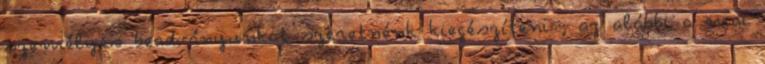
személyes beadványunkat szeretnénk kiegészíteni , az alábbi a mai